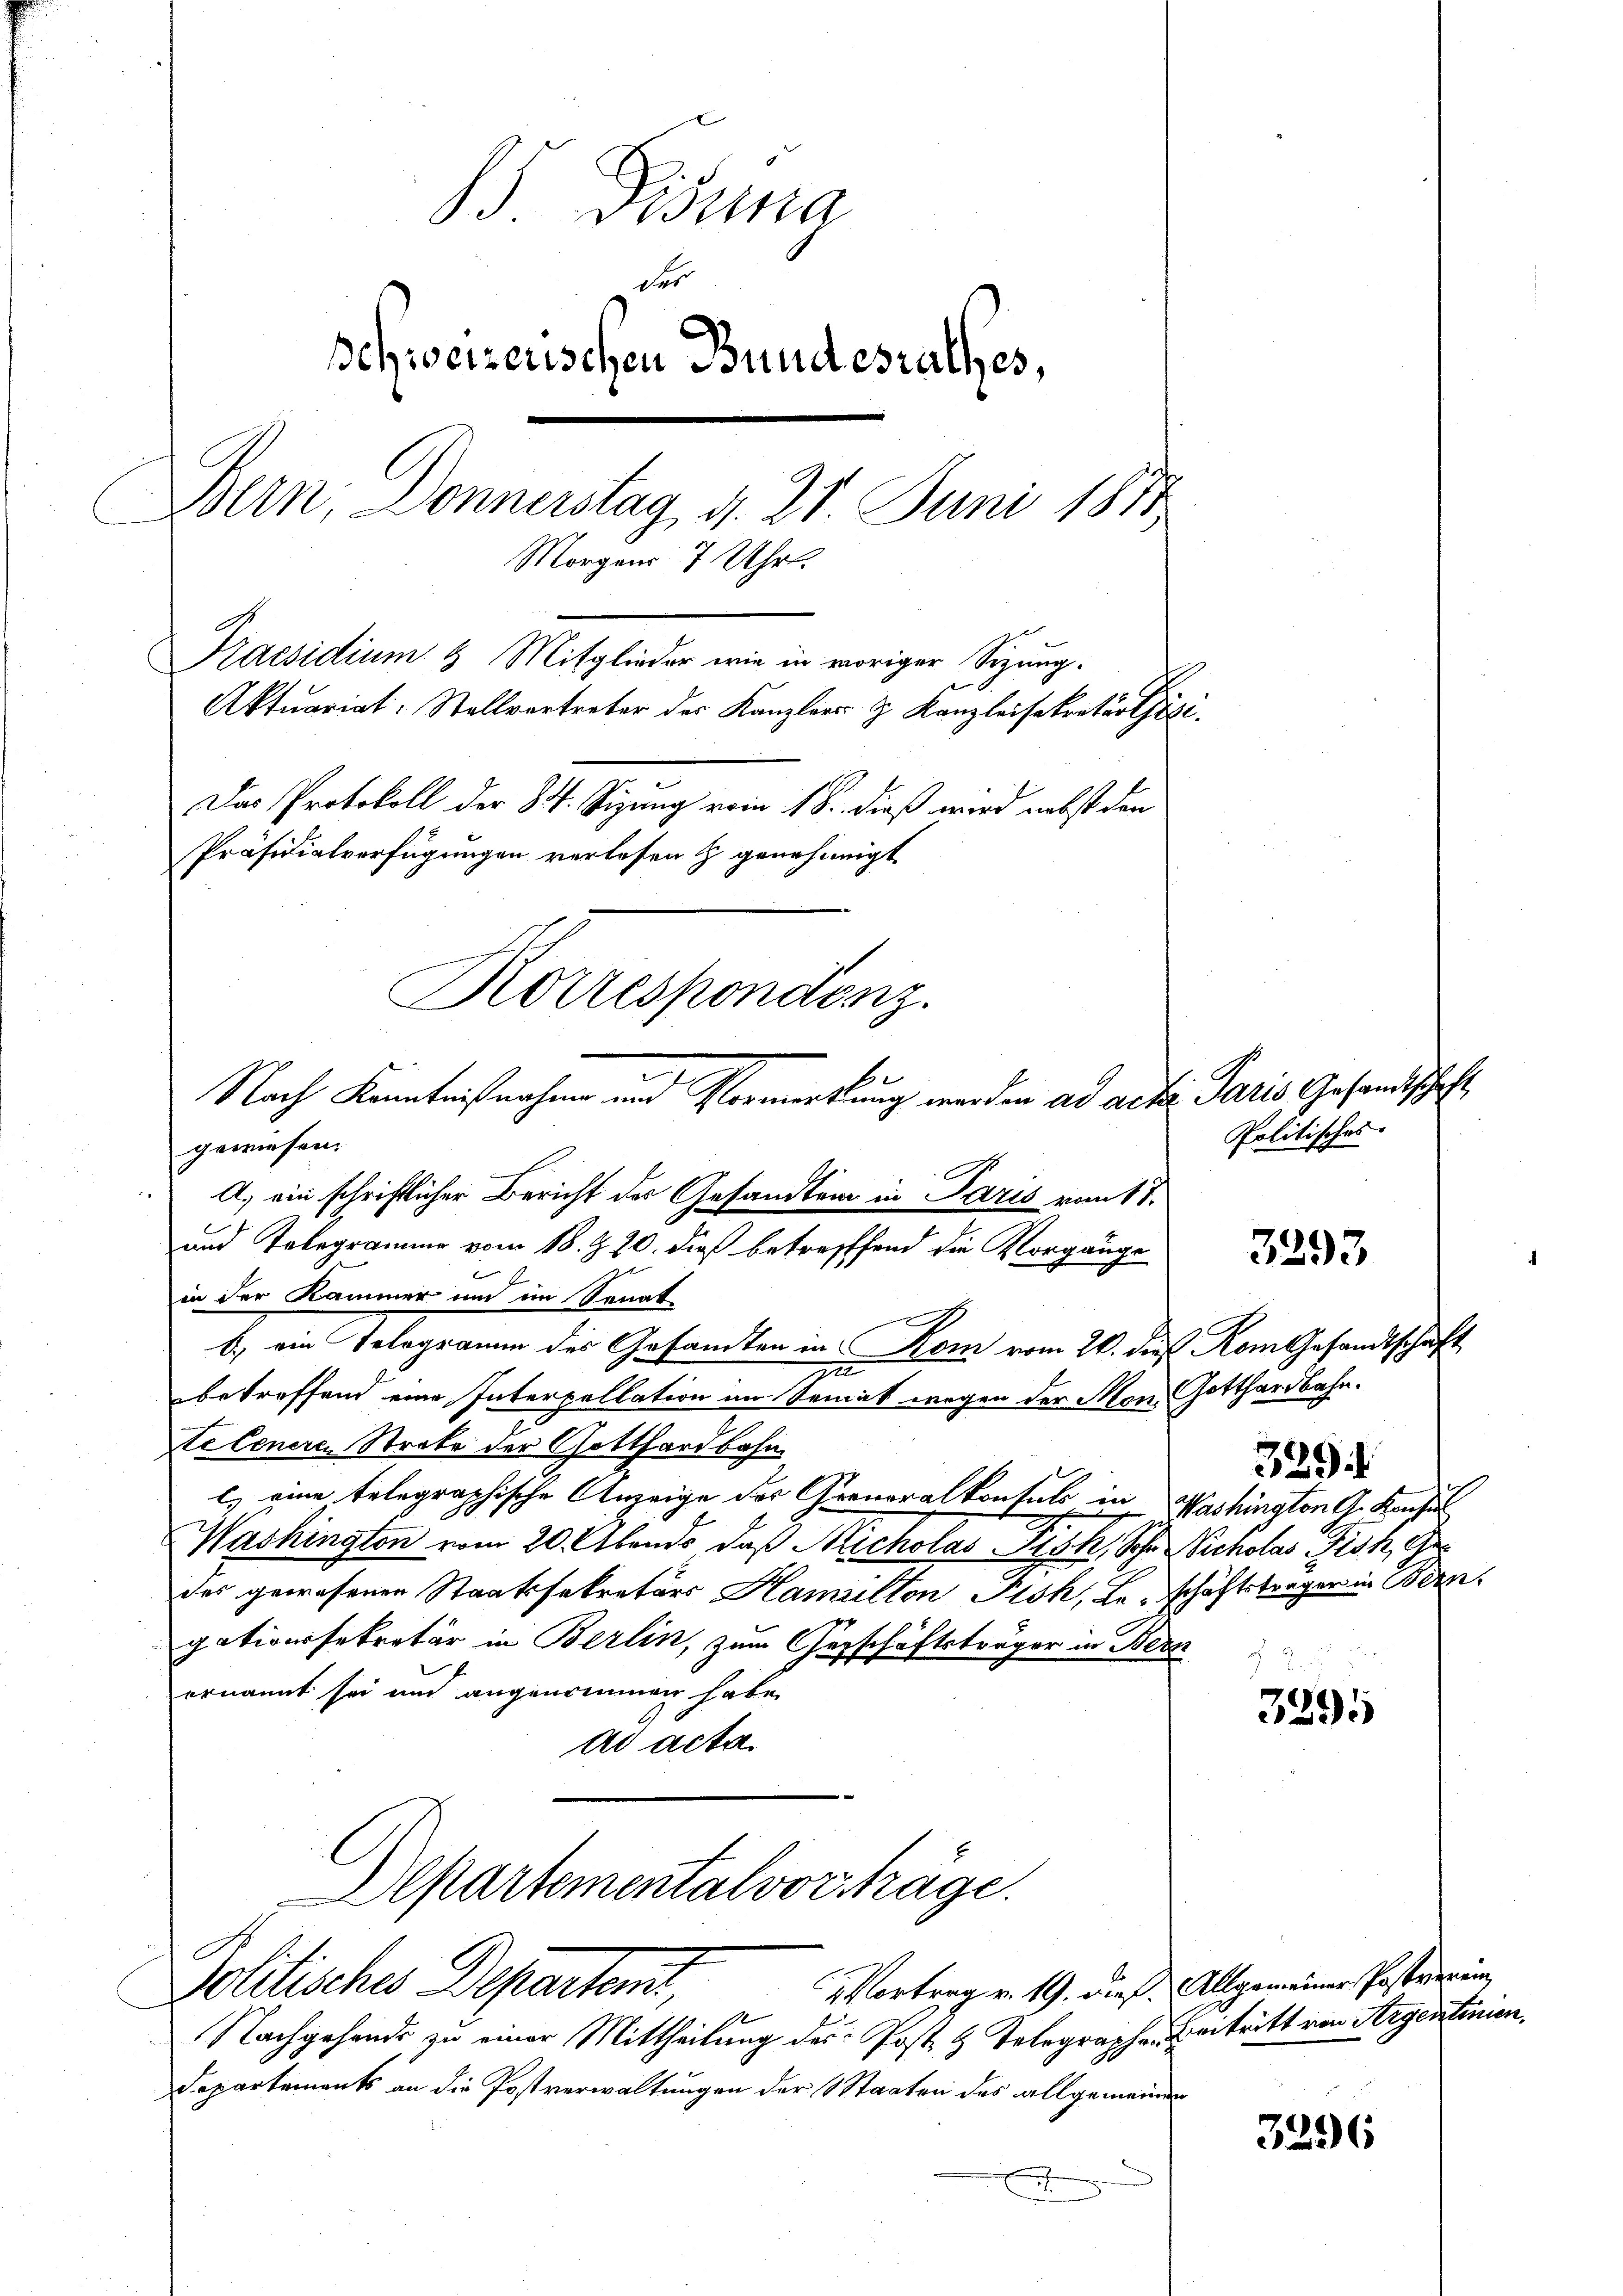
Disena
schweizerischen Bundesrathes,
Bern, Donnerstag, d. 21. Juni 1881
Morgens 7 Uhr.
Praesidium 8 Mitglieder wie in voriger Sizung.
Aktuariat: Stellvertreter des Kanzlers J. Kanzleisekretär thät
Das Protokoll der 84. Sizung vom 18. dieß wird nebst den
Präsidialverfügungen verlesen & genehmigt
Korrespondenz.

Nach Kenntnißnahme und Vormerkung werden ad acta Paris Gesandtschaft

gewiesen.
A) ein schriftlicher Bericht der Gesandten in Paris vom 17.
und Telegramme vom 18. Z. 20. dieß betrefffend die Vorgänge
in der Kammer und im Sonat
b) ein Telegramm des Gesandten in Rom vom 20. dieß Rom Gesandtschaft
zu
betreffend eine Interpellation an Semak wegen der Mon. Gotthardbahn.
teleneren Strafe der Gotthardbahn
l) eine telegraphische Anzeige des Greneralkontuls in Washington A. Konsu
Washingten vom 20. Abends, daß Micholas Fisch, Sohn Scholas Tisch, Gr
des gewesenen Staatssekretärs Hamiilton Pisk, Le schäftsträger in Bern
gationssekretär in Berlin, zum Geschäftsträger in Berz
ernannt sei und angenommen habe.
ad acta.
Departementalvorhäge.
2 Vortrag v. 19. dieß. Allgemeiner Postverein,
Schlisches Departen,
1
Nachgehende zu einer Mittheilung des Post 4 Telegraphe Eintritt von Argentinien,
Departements an die Postverwaltungen der Staaten des allgemeinder
h

Politisches

3293

339.

3295

3296